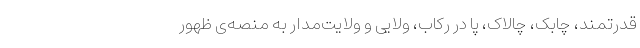
قدرتمند، چابک، چالاک، پا در رکاب، ولایی و ولایت‌مدار به منصه‌ی ظهور